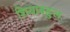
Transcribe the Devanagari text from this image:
शियाबहुल